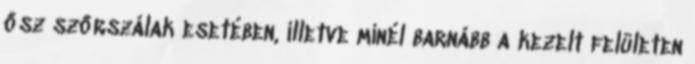
ősz szőrszálak esetében, illetve minél barnább a kezelt felületen